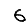
Digit: 6